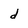
Character: d